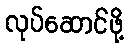
လုပ်ဆောင်ဖို့